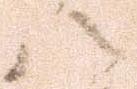
八